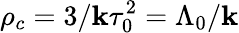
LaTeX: \rho_{c}=3/\mathbf{k}\tau_{0}^{2}=\Lambda_{0}/\mathbf{k}